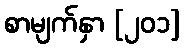
စာမျက်နှာ [၂၀၁]